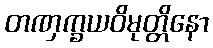
တဏှက္ခယဝိမုတ္တိနော